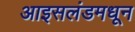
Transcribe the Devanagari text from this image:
आइसलंडमधून